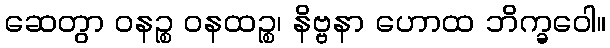
ဆေတွာ ဝနဉ္စ ဝနထဉ္စ၊ နိဗ္ဗနာ ဟောထ ဘိက္ခဝေါ။